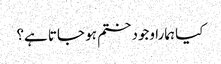
کیا ہمارا وجود ختم ہو جاتا ہے؟